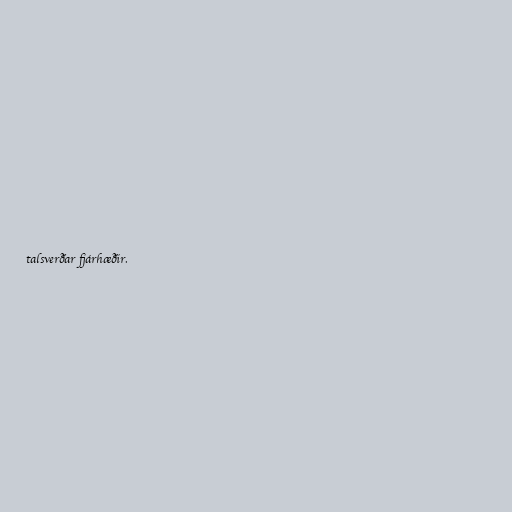
talsverðar fjárhæðir.